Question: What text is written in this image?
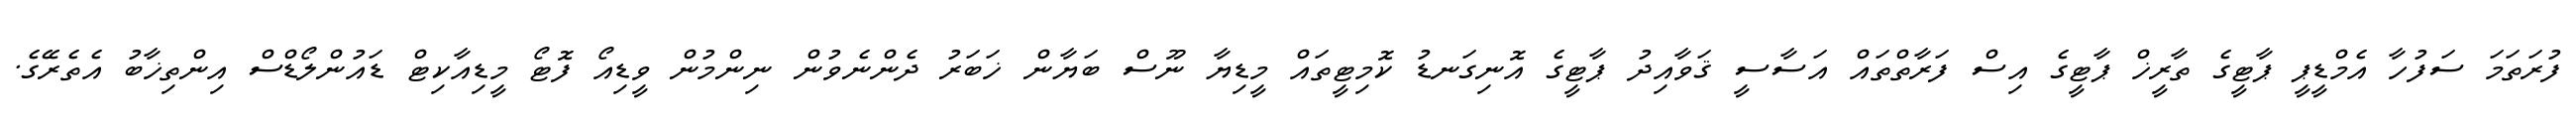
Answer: ފުރަތަމަ ސަފުހާ އެމްޑީޕީ ޕާޓީގެ ތާރީޚް ޕާޓީގެ އިސް ފަރާތްތައް އަސާސީ ޤަވާއިދު ޕާޓީގެ އޮނިގަނޑު ކޮމިޓީތައް މީޑިޔާ ނޫސް ބަޔާން ޚަބަރު ދެންނެވުން ނިންމުން ވީޑިއޯ ފޮޓޯ މީޑިއާކިޓް ޑައުންލޯޑްސް އިންތިޚާބު އެތެރޭގެ.